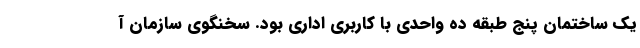
یک ساختمان پنج طبقه ده واحدی با کاربری اداری بود. سخنگوی سازمان آ